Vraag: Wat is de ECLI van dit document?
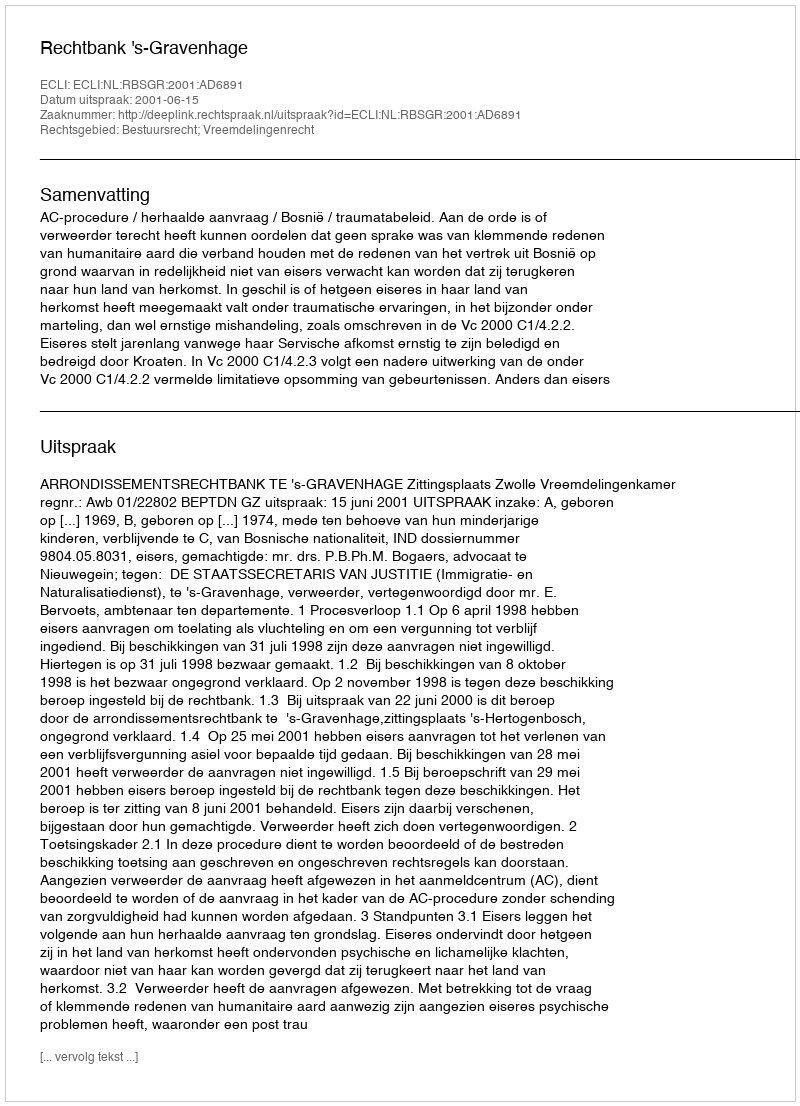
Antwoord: ECLI:NL:RBSGR:2001:AD6891